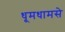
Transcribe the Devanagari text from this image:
धूमधामसे